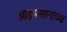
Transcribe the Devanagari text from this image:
आझमखानांच्या